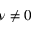
\nu \neq 0